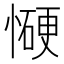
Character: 𰒋